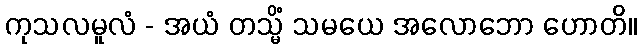
ကုသလမူလံ - အယံ တသ္မိံ သမယေ အလောဘော ဟောတိ။